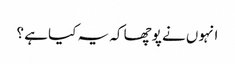
انہوں نے پوچھا کہ یہ کیا ہے ؟